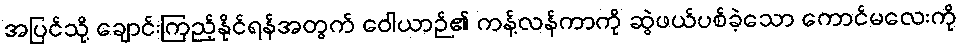
အပြင်သို့ ချောင်းကြည့်နိုင်ရန်အတွက် ဝေါယာဉ်၏ ကန့်လန်ကာကို ဆွဲဖယ်ပစ်ခဲ့သော ကောင်မလေးကို